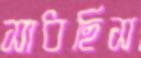
সাধছিস